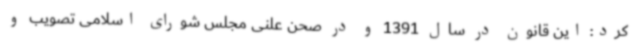
کرد: این قانون در سال 1391 و در صحن علنی مجلس شورای اسلامی تصویب و